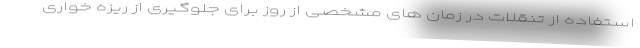
استفاده از تنقلات در زمان های مشخصی از روز برای جلوگیری از ریزه خواری